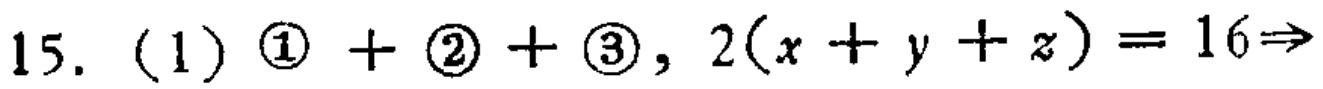
15. (1) \(\textcircled{1}+\textcircled{2}+\textcircled{3}, 2(x + y + z)=16\Rightarrow\)